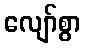
လျော်စွာ